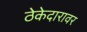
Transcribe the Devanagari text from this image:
ठेकेदारावर